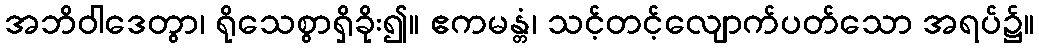
အဘိဝါဒေတွာ၊ ရိုသေစွာရှိခိုး၍။ ဧကမန္တံ၊ သင့်တင့်လျောက်ပတ်သော အရပ်၌။